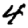
Digit: 4